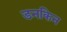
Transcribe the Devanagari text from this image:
डनकिन